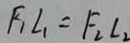
F _ { 1 } L _ { 1 } = F _ { 2 } L _ { 2 }